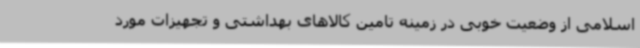
اسلامی از وضعیت خوبی در زمینه تامین کالاهای بهداشتی و تجهیزات مورد